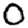
Digit: 0